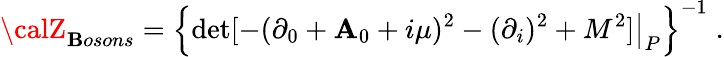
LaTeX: {\calZ}_{\mathbf{B}osons}=\left\{ \left.\operatorname*{det}[-(\partial_{0}+\mathbf{A}_{0}+i\mu)^{2}-(\partial_{i})^{2}+M^{2}]\right|_{P}\right\} ^{-1}\; .